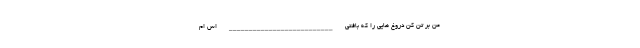
من بر تن کن دروغ هایی را که بافتی __________________________ اس ام